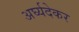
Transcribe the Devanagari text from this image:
अर्घ्यदेकर